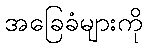
အခြေခံများကို